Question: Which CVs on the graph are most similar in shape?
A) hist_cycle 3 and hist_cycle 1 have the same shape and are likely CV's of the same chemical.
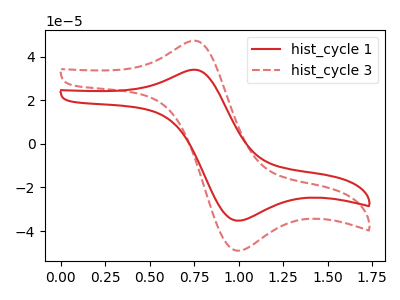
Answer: <think>The red curve "hist_cycle 1" has an anodic peak at (0.75V, 33.90uA) and a cathodic peak at (1.00V, -35.20uA). The red dashed curve "hist_cycle 3" has an anodic peak at (0.75V, 47.15uA) and a cathodic peak at (1.00V, -48.95uA).
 All the peaks in "hist_cycle 1" have a peak in "hist_cycle 3" at the same potential. Every peak in "hist_cycle 1" is lower than every peak in "hist_cycle 3".</think>
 <answer>A) "hist_cycle 3" and "hist_cycle 1" have the same shape and are likely CV's of the same chemical.</answer>
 <eval>A</eval>